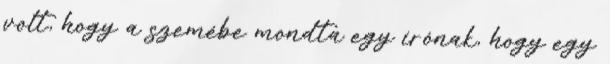
volt, hogy a szemébe mondta egy írónak, hogy egy